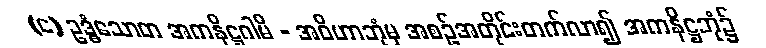
(င) ဥဒ္ဓံသောတ အကနိဋ္ဌဂါမီ - အဝိဟာဘုံမှ အစဉ်အတိုင်းတက်လာ၍ အကနိဋ္ဌဘုံ၌